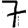
Digit: 7